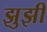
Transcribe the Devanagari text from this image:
झुझी